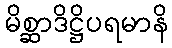
မိစ္ဆာဒိဋ္ဌိပရမာနိ